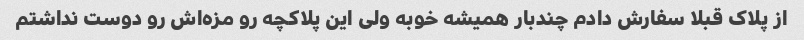
از پلاک قبلا سفارش دادم چندبار همیشه خوبه ولی این پلاکچه رو مزه‌اش رو دوست نداشتم